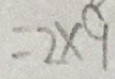
= 2 \times 9